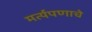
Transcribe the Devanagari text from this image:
मर्त्यपणाचे